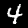
Label: 4